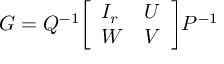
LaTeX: G = Q ^ { - 1 } { \left[ \begin{array} { l l } { I _ { r } } & { U } \\ { W } & { V } \end{array} \right] } P ^ { - 1 }